Laidoner,_Johan, lk 108
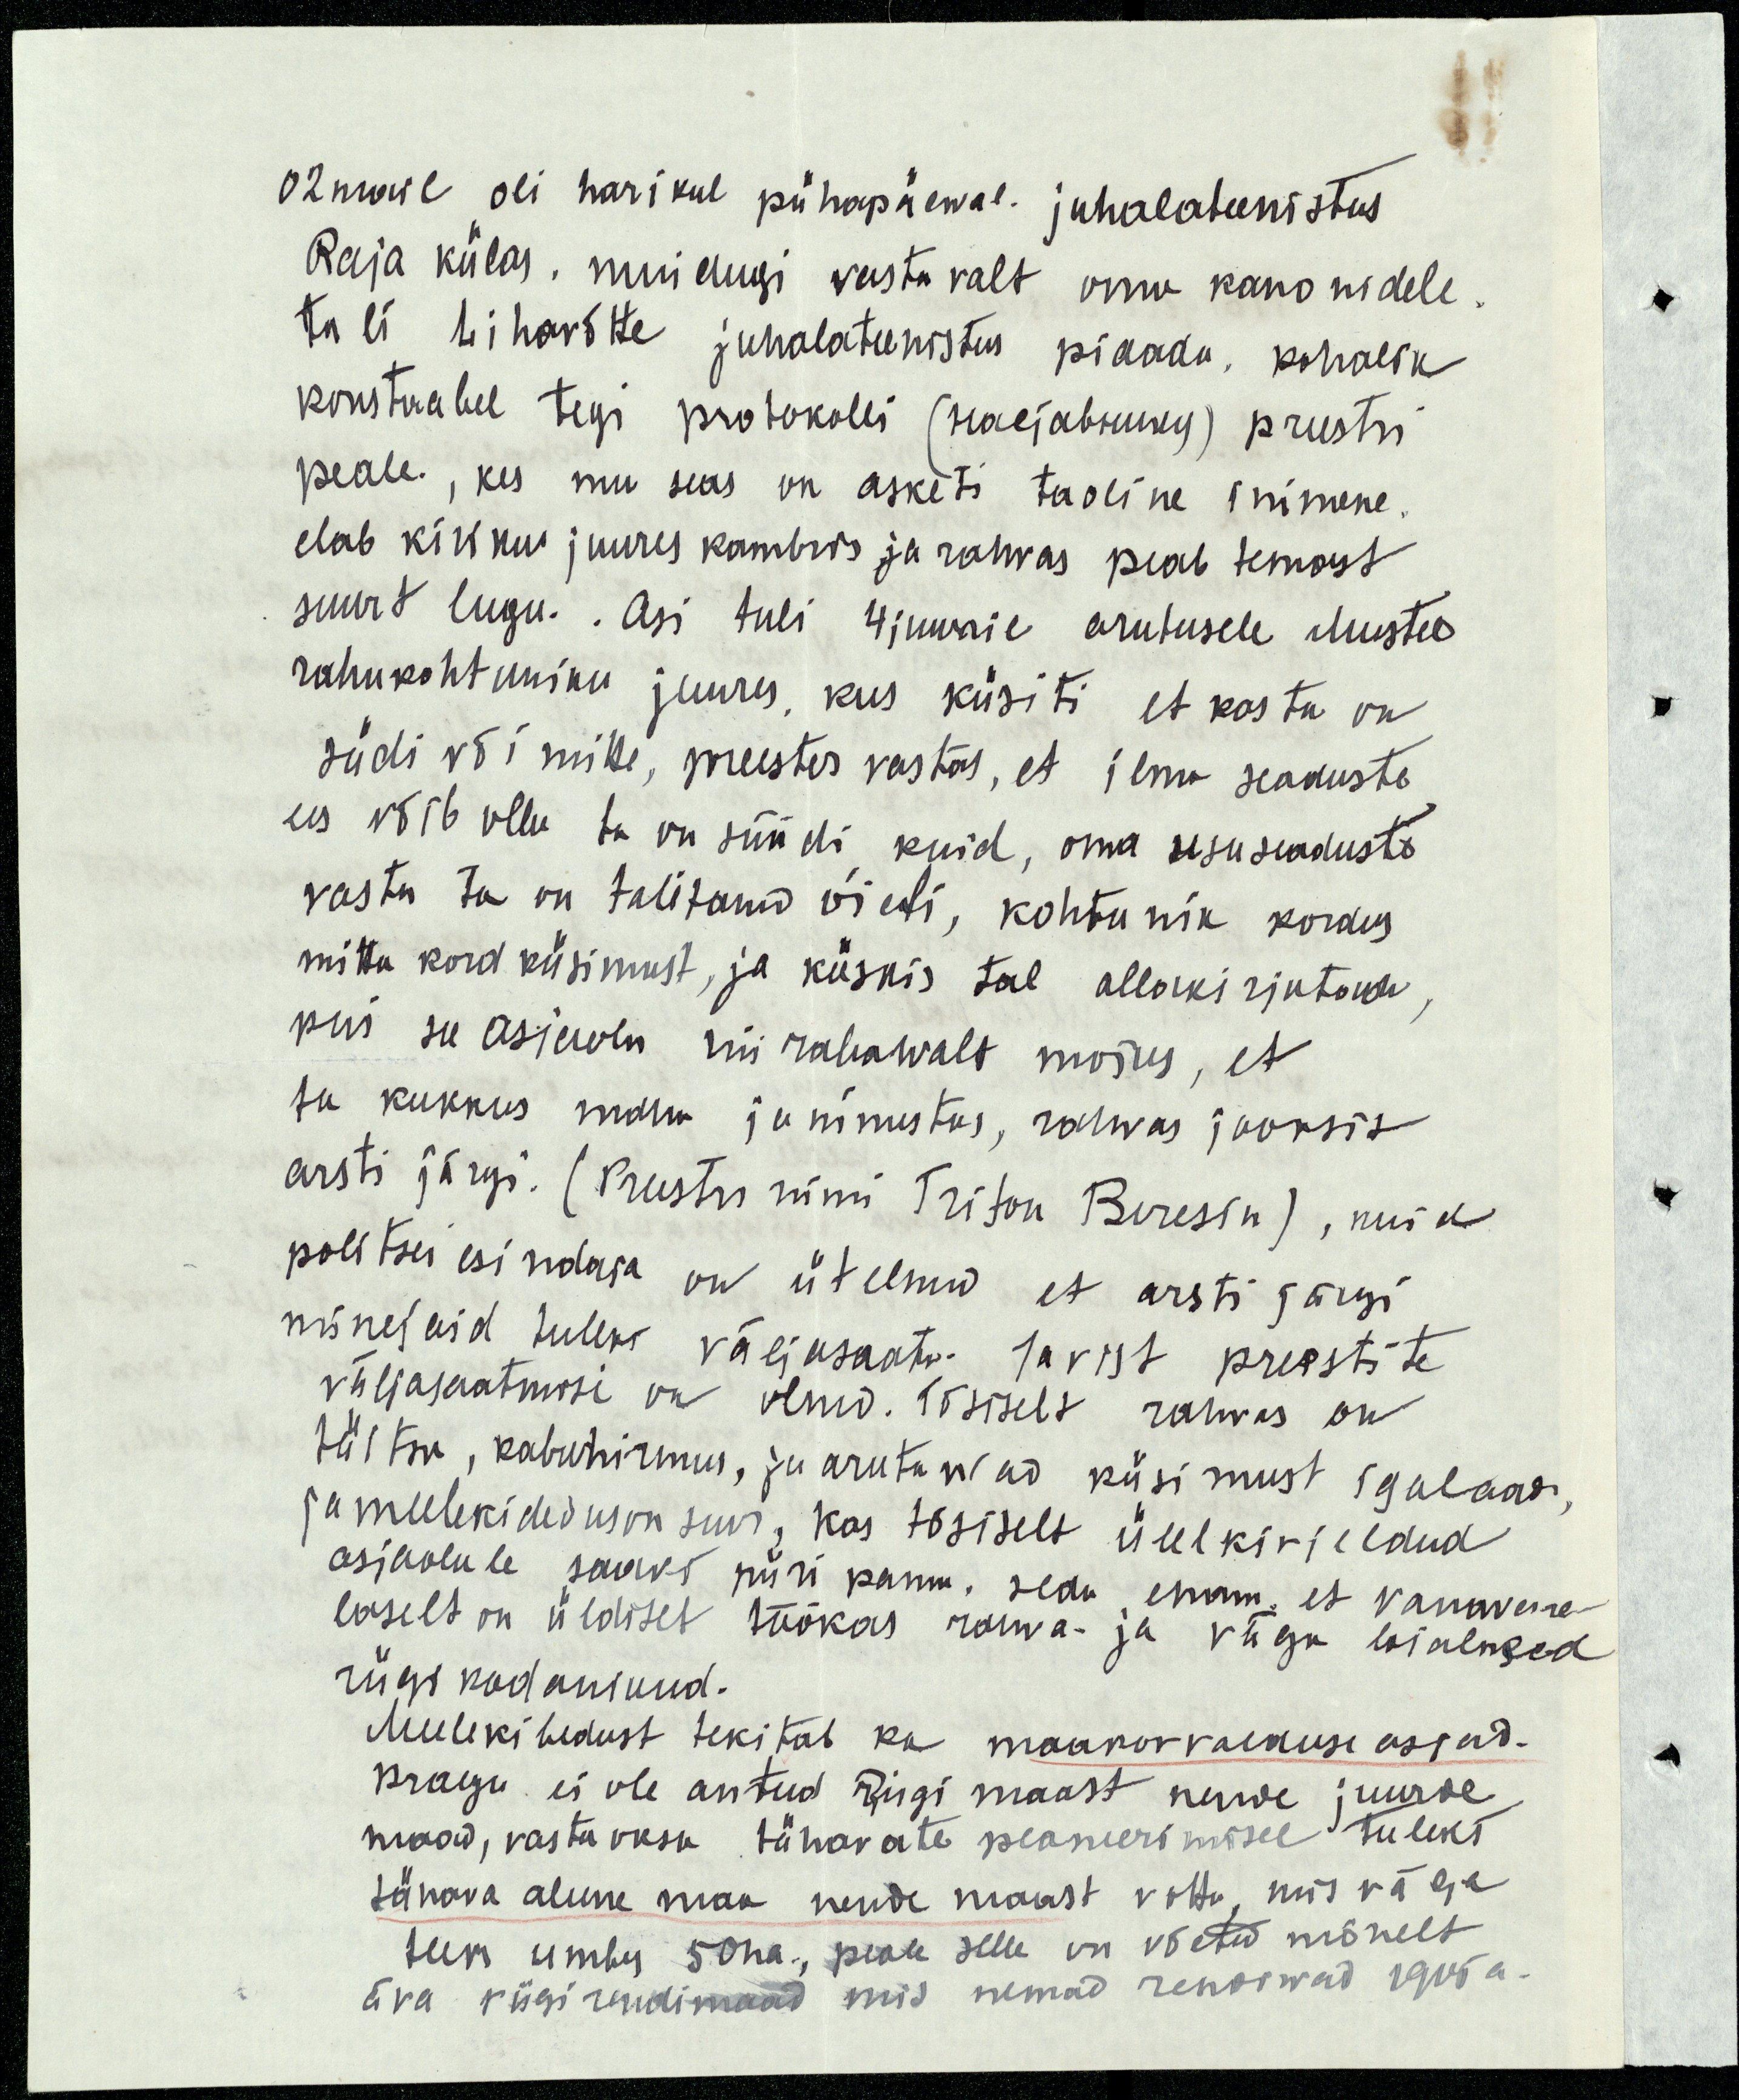
02 mail oli harikul pühapäewal jumalateenistus
Raja külas, muidugi vastavalt oma kanonidele
tuli Lihavõtte jumalateenistus pidada, kohalik
konstaabel tegi protokolli (näljabruky) preestri
peale, kes mu seas on asketi taoline inimene,
elab kiriku juures kambris ja rahvas peab temast
suurt lugu. Asi tuli 4 juunil arutusele Mustve
rahukohtuniku juures, kus küsiti et kas ta on
südi või mitte, preester vastas, et ilma seaduste
ees võib olla ta on süüdi kuid, oma usu seaduste
vastu ta on talitanud õieti, kohtunik kordas
mittu kord küsimust, ja küskis tal allakirjutada,
kui see asjaolu nii rabawalt mõjus, et
ta kukkus maha ja minestas, rahvas jooksis
arsti järgi. (Preestri nimi Trifon Beresin), kuid
politsei esindaja on ütelnud et arsti järgi
minejaid tuleks väljasaata. Ja vist preestite
väljasaatmisi on olnud. Tõsiselt rahvas on
täitu, kabuhirmus, ja arutawad küsimust igalaad,
ja meelekibedus on suur, kas tõsiselt ülelkirjeldud
asjaolule saaks piiri panna. seda enam et vanavene-
laselt on üldisel töökas rahva- ja väga loialused
riigi kodanikud.
Meelekibedust tekitab ka maakorralduse asjad.
Praegu ei ole antud riigi maast nende juurde
maad, vastu oksa tänavate planeerimisel tuleks
tänava alune maa nende maast võtta, mis välja
teem umbes 50ha, peale selle on võetud mõnelt
ära riigirendimaad mis nemad rendiwad 1905 a.